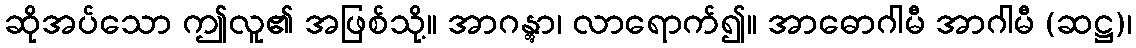
ဆိုအပ်သော ဤလူ၏ အဖြစ်သို့။ အာဂန္တွာ၊ လာရောက်၍။ အာဓောဂါမီ အာဂါမီ (ဆဋ္ဌ)၊